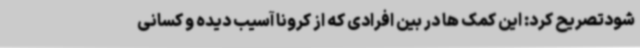
شودتصریح کرد: این کمک ها در بین افرادی که از کرونا آسیب دیده و کسانی